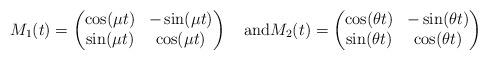
LaTeX: \begin{align*} M_1(t)=\begin{pmatrix} \cos(\mu t)&-\sin(\mu t)\\ \sin(\mu t)& \cos(\mu t) \end{pmatrix}\quad{\rm and } M_2(t)=\begin{pmatrix} \cos(\theta t)&-\sin(\theta t)\\ \sin(\theta t)& \cos(\theta t) \end{pmatrix}\end{align*}